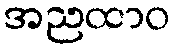
အညထာဝ